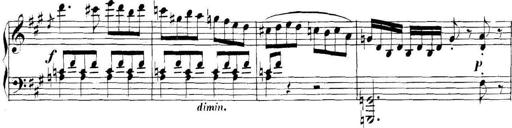
Title: Collected Piano Sonatas
Composer: Muzio Clementi